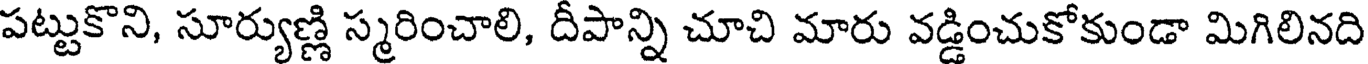
పట్టుకొని, సూర్యుణ్ణి స్మరించాలి, దీపాన్ని చూచి మారు వడ్డించుకోకుండా మిగిలినది